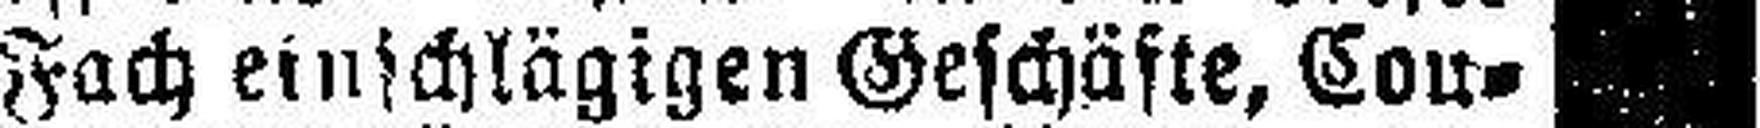
Fach einschlägigen Geschäfte, Con¬